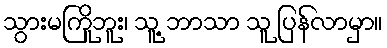
သွားမကြိုဘူး၊ သူ့ ဘာသာ သူ ပြန်လာမှာ။